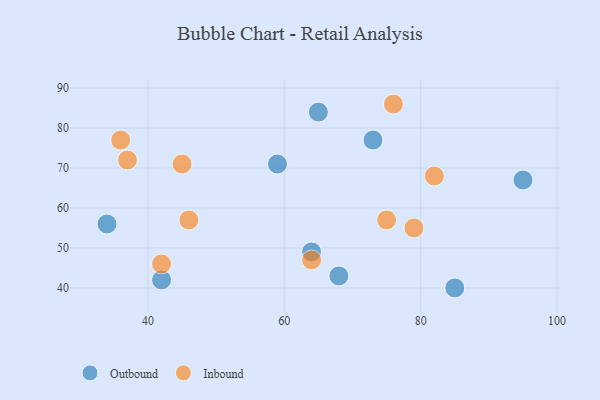
{"axis": {"x": "GDP", "y": "Life Expectancy"}, "legend": ["Inbound", "Outbound"], "data": [{"x": "73", "y": 77, "type": "Outbound"}, {"x": "64", "y": 49, "type": "Outbound"}, {"x": "34", "y": 56, "type": "Outbound"}, {"x": "65", "y": 84, "type": "Outbound"}, {"x": "95", "y": 67, "type": "Outbound"}, {"x": "85", "y": 40, "type": "Outbound"}, {"x": "68", "y": 43, "type": "Outbound"}, {"x": "59", "y": 71, "type": "Outbound"}, {"x": "42", "y": 42, "type": "Outbound"}, {"x": "37", "y": 72, "type": "Inbound"}, {"x": "45", "y": 71, "type": "Inbound"}, {"x": "42", "y": 46, "type": "Inbound"}, {"x": "76", "y": 86, "type": "Inbound"}, {"x": "36", "y": 77, "type": "Inbound"}, {"x": "79", "y": 55, "type": "Inbound"}, {"x": "75", "y": 57, "type": "Inbound"}, {"x": "82", "y": 68, "type": "Inbound"}, {"x": "46", "y": 57, "type": "Inbound"}, {"x": "64", "y": 47, "type": "Inbound"}]}